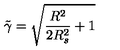
\tilde { \gamma } = \sqrt { \frac { R ^ { 2 } } { 2 R _ { s } ^ { 2 } } + 1 }